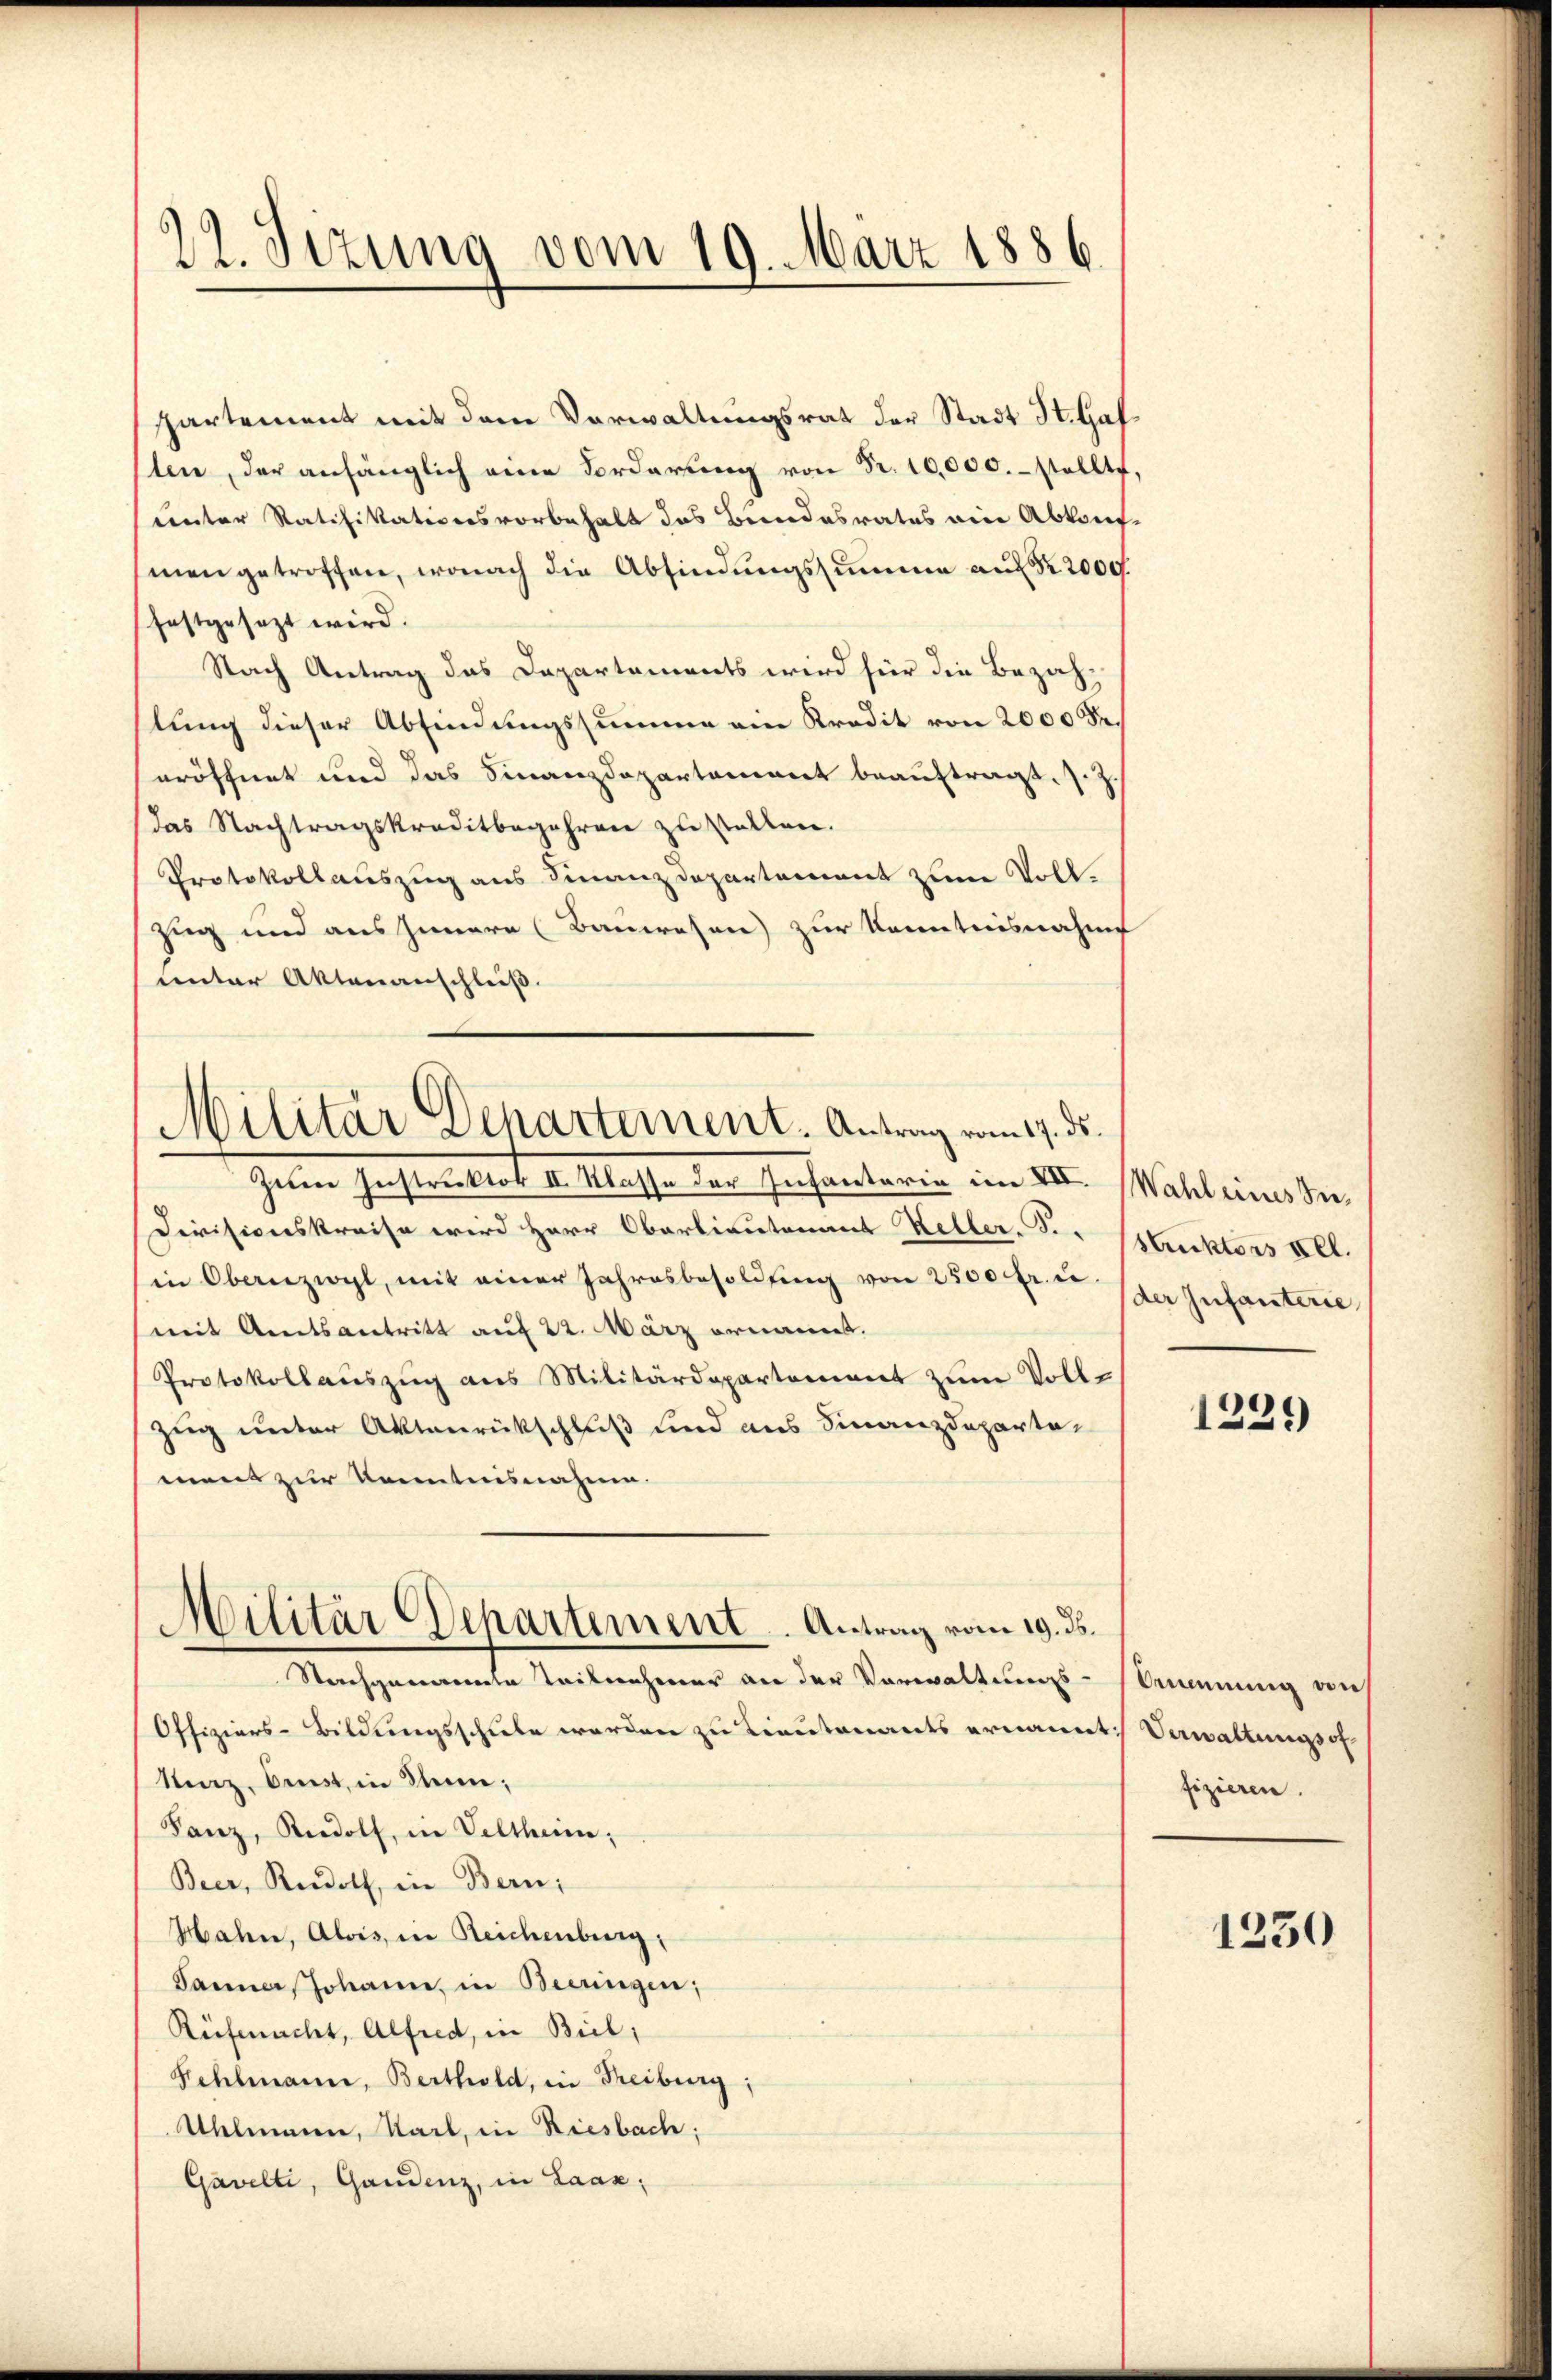
29. Jezung vom 19. März 1886.

Militär Departement. Antrag vom 17. ds.

ppartement mit dem Vorwaltungsrat der Stadt St. Gaf
ten, der anhänglich eine Vorderŭng von Fr. 10,000. stellte.
uinter Ratifikationsvorbehalt das Bundesrates ein Abkauf-
mengetroffen, wonach die Abfindungssumme auf § 2000.
festgesezt wird.
Nach Antrag das Departements wird für die Bezah
lung dieser Abfindungssumme ein Kredit von 2000 Fr.
eröffnet und das Finanzdepartement beauftragt, s. Z.
das Nachtragskreditbegehren zu stellen.
Protokollauszug aus Finanzdepartement zum Voll¬
Zug und aus Innere (Bauwesen zur Kenntnisnahme
unter Aktenanschluß.
Zem Herstreiktat v. Klasse der Infantaria im VII. Wahl eines der
Divisionskreise wird Herr Oberlieutenant Keller, S. Buktors Pet
in Obernizwyl, mit einer Jahresbesoldung von 2500 fr. u.
mit Amtsantritt auf 22. März ernannt.
Protokollauszug aus Militärdepartement zum Voll¬
Zug unter Aktenrückschluß und aus Finanzdepartement zur Kenntnisnahme.
Militär Departement. Antrag vom 19. ds.
Nachgenannte Teilnehmer an der Vorwaltungs-Commnung auf
Offiziers-Bildungsschule werden zu Lieutenants ernannt: Verwaltungsof¬
Kraz, bist, in Stein;
Fanz, Rudolf, in Veltheim;
Beer, Rordoth in Bern,
Hahn, Alois, in Reichenburg,
Panner, Johann, in Beeringen;
Rüfmacht, Alfred, in Biel,
Fehlmann, Berthold, in Freiburg:
Uhlmann, Sail, in Riesbach:
Gavelti, Gandenz, in Laax,

(der Infanterie

1229

fizieren.

1230